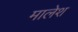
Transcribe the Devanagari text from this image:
मालेश